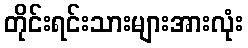
တိုင်းရင်းသားများအားလုံး